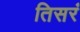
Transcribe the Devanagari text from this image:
तिसरं